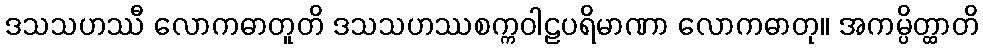
ဒသသဟဿီ လောကဓာတူတိ ဒသသဟဿစက္ကဝါဠပရိမာဏာ လောကဓာတု။ အကမ္ပိတ္ထာတိ